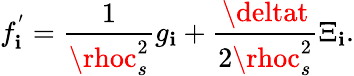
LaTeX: f_{\mathbf{i}}^{'}=\frac{{1}}{{\rhoc_{s}^{2}}}g_{\mathbf{i}}+\frac{{\deltat}}{{2\rhoc_{s}^{2}}}\Xi_{\mathbf{i}}.